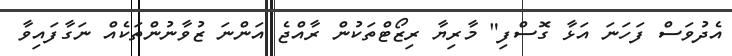
އެދުވަސް ފަހަނަ އަޅާ ގޮސްފި" މާރިޔާ ރިޒޯޓްތަކުން ރާއްޖެ އަންނަ ޒުވާނުންތަކެއް ނަގާފައިވާ